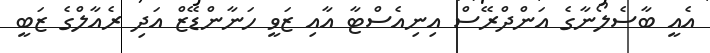
އެއީ ބާސެލޯނާގެ އަންދްރޭސް އިނިއެސްޓާ އާއި ޒަވީ ހަނާންޑޭޒް އަދި ރެއާލްގެ ޒަބީ